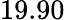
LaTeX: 19.90